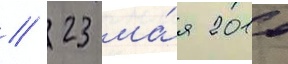
// 23 ма́я 2010